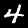
Label: 4